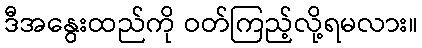
ဒီအနွေးထည်ကို ဝတ်ကြည့်လို့ရမလား။